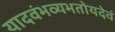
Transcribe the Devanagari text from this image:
यादवंभव्यभतोयदेवं